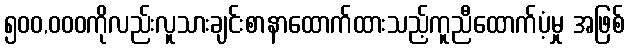
၅၀၀,၀၀၀ကိုလည်းလူသားချင်းစာနာထောက်ထားသည့်ကူညီထောက်ပံ့မှု အဖြစ်